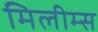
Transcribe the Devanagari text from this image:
मिलीम्स